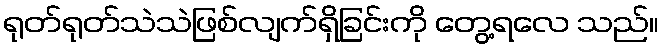
ရုတ်ရုတ်သဲသဲဖြစ်လျက်ရှိခြင်းကို တွေ့ရလေ သည်။